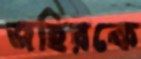
জহিরকে